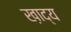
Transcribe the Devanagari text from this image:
ख़ाद्य